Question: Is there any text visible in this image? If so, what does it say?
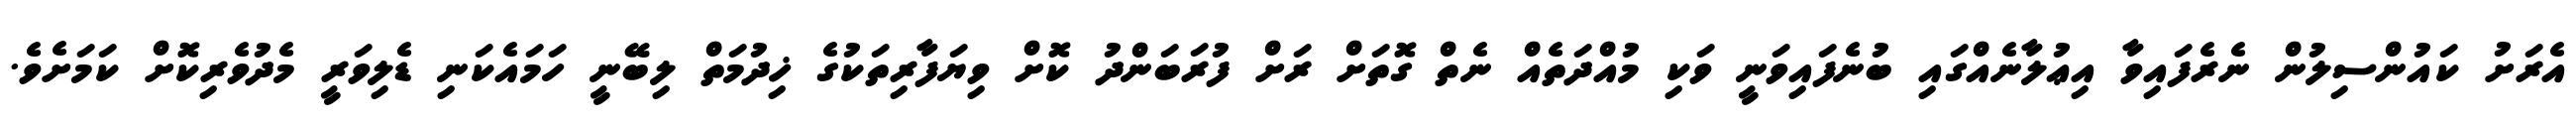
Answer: އެރަށު ކައުންސިލުން ނެރެފައިވާ އިޢުލާނެއްގައި ބުނެފައިވަނީ ވަކި މުއްދަތެއް ނެތް ގޮތަށް ރަށް ފުރަބަންދު ކޮށް ވިޔަފާރިތަކުގެ ޚިދުމަތް ލިބޭނީ ހަމައެކަނި ޑެލިވަރީ މެދުވެރިކޮށް ކަމަށެވެ.